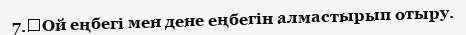
7.	Ой еңбегі мен дене еңбегін алмастырып отыру.